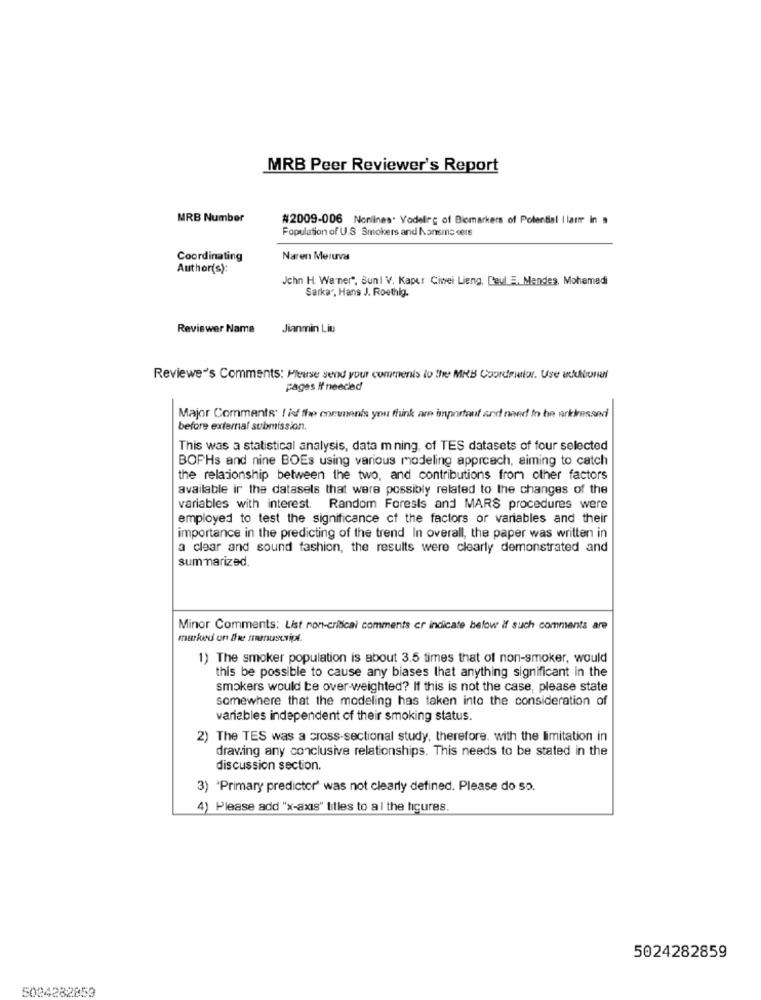
MRB Peer Reviewer's Report
MRB Number
#2009-006 Nonlines. Vodelirc of Biomarkers of Potential llar in
Population of U.S Smokers and Kansms cere
Coordinating
Naren Meruva
Author(s):
John H. Warner", Sunl V. Kaper Ciwei Lieng, Ceul #. Mendes, Mohamedi
Sarkar, Hans J. Roothig.
Reviswer Name
Jianmin Liu
Reviewe''s Comments: Please send your comments to the MRB Coordristor. Use additional
pages If needed
Major Comments' ! iof the comunenis you think are important and need to be nrkimessed
before external submission.
This was a statistical analysis, data m ning, of TES datasets of four selected
BOPHs and nine BOEs using various modeling approach, aiming to catch
the relationship between the two, and contributions from other factors
available ir the datasels that were possibly related to the changes of the
variables with interest. Random Forests and MARS procedures were
employed to test the significance of the factors or variables and their
importance in the predicting of the trend In overall, the paper was written in
a clear and sound fashion, the results were clearly demonstrated and
summarized.
Minor Comments: List non-critical comments er indicate below if such comments are
marked on the manuscript.
1) The smoker population is about 3.5 times that of non-smoker, would
this be possible to cause any biases that anything significant in the
smokers would be over-weighted? If this is not the case, please state
somewhere that the modeling has taken into the consideration of
variables independent of their smoking status.
2) The TES was a cross-sectional study, therefore. with the limitation in
draving any conclusive relationships. This needs to be stated in the
discussion section.
3) "Primary predictor' was not clearly defined. Please do so.
4) Please add "x-axis" titles to al the figures.
5024282859
5024282859